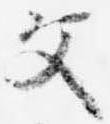
父